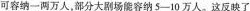
可容纳一两万人。部分大剧场能容纳5-10万人。这反映了